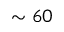
\sim 6 0